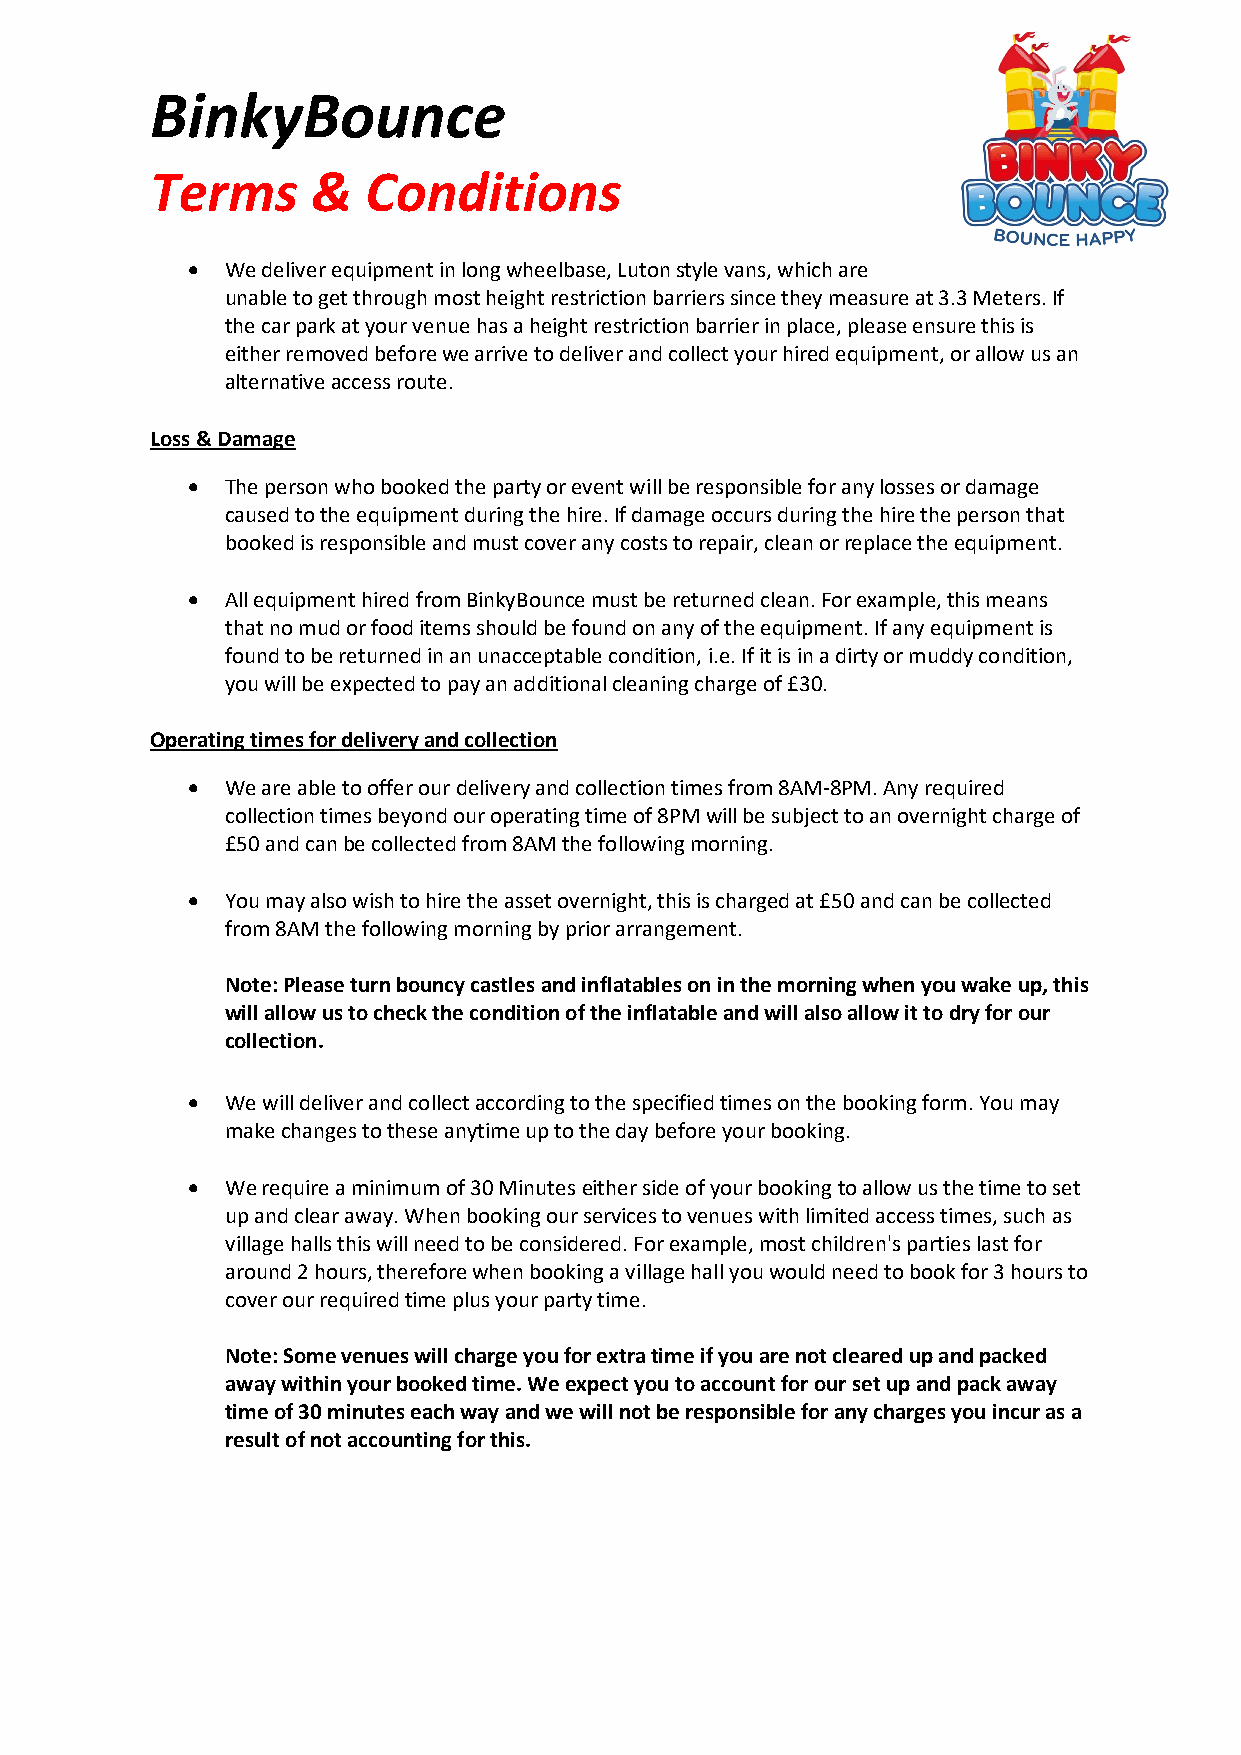
BinkyBounce
 Terms      &  Conditions
 •  We deliver equipment in long wheelbase, Luton style vans, which are
 unable to get through most height restriction barriers since they measure at 3.3 Meters. If
 the car park at your venue has a height restriction barrier in place, please ensure this is
 either removed before we arrive to deliver and collect your hired equipment, or allow us an
 alternative access route.
 Loss & Damage
 •  The person who booked the party or event will be responsible for any losses or damage
 caused to the equipment during the hire. If damage occurs during the hire the person that
 booked is responsible and must cover any costs to repair, clean or replace the equipment.
 •  All equipment hired from BinkyBounce must be returned clean. For example, this means
 that no mud or food items should be found on any of the equipment. If any equipment is
 found to be returned in an unacceptable condition, i.e. If it is in a dirty or muddy condition,
 you will be expected to pay an additional cleaning charge of £30.
 Operating times for delivery and collection
 •  We are able to offer our delivery and collection times from 8AM-8PM. Any required
 collection times beyond our operating time of 8PM will be subject to an overnight charge of
 £50 and can be collected from 8AM the following morning.
 •  You may also wish to hire the asset overnight, this is charged at £50 and can be collected
 from 8AM the following morning by prior arrangement.
 Note: Please turn bouncy castles and inflatables on in the morning when you wake up, this
 will allow us to check the condition of the inflatable and will also allow it to dry for our
 collection.
 •  We will deliver and collect according to the specified times on the booking form. You may
 make changes to these anytime up to the day before your booking.
 •  We require a minimum of 30 Minutes either side of your booking to allow us the time to set
 up and clear away. When booking our services to venues with limited access times, such as
 village halls this will need to be considered. For example, most children's parties last for
 around 2 hours, therefore when booking a village hall you would need to book for 3 hours to
 cover our required time plus your party time.
 Note: Some venues will charge you for extra time if you are not cleared up and packed
 away within your booked time. We expect you to account for our set up and pack away
 time of 30 minutes each way and we will not be responsible for any charges you incur as a
 result of not accounting for this.